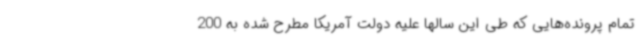
تمام پرونده‌هایی که طی این سالها علیه دولت آمریکا مطرح شده به 200